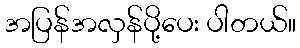
အပြန်အလှန်ပို့ပေး ပါတယ်။